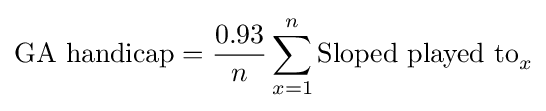
{\mbox{GA handicap}}={\frac {0.93}{n}}\sum _{x=1}^{n}{\mbox{Sloped played to}}_{x}